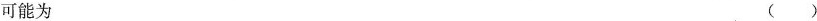
可能为 ( )